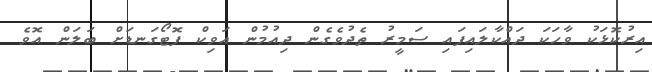
އިރުކޮޅަކު ވާހަކަ ދައްކާލައިފައި ސަމީރު ތެދުވެގެން ދިއުމުން އަވިކް ފޮޓޯގަނޑަށް ބަލަން އޮވެ